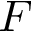
F